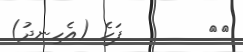
٥٠        ފަހެ (އެހިނދު)